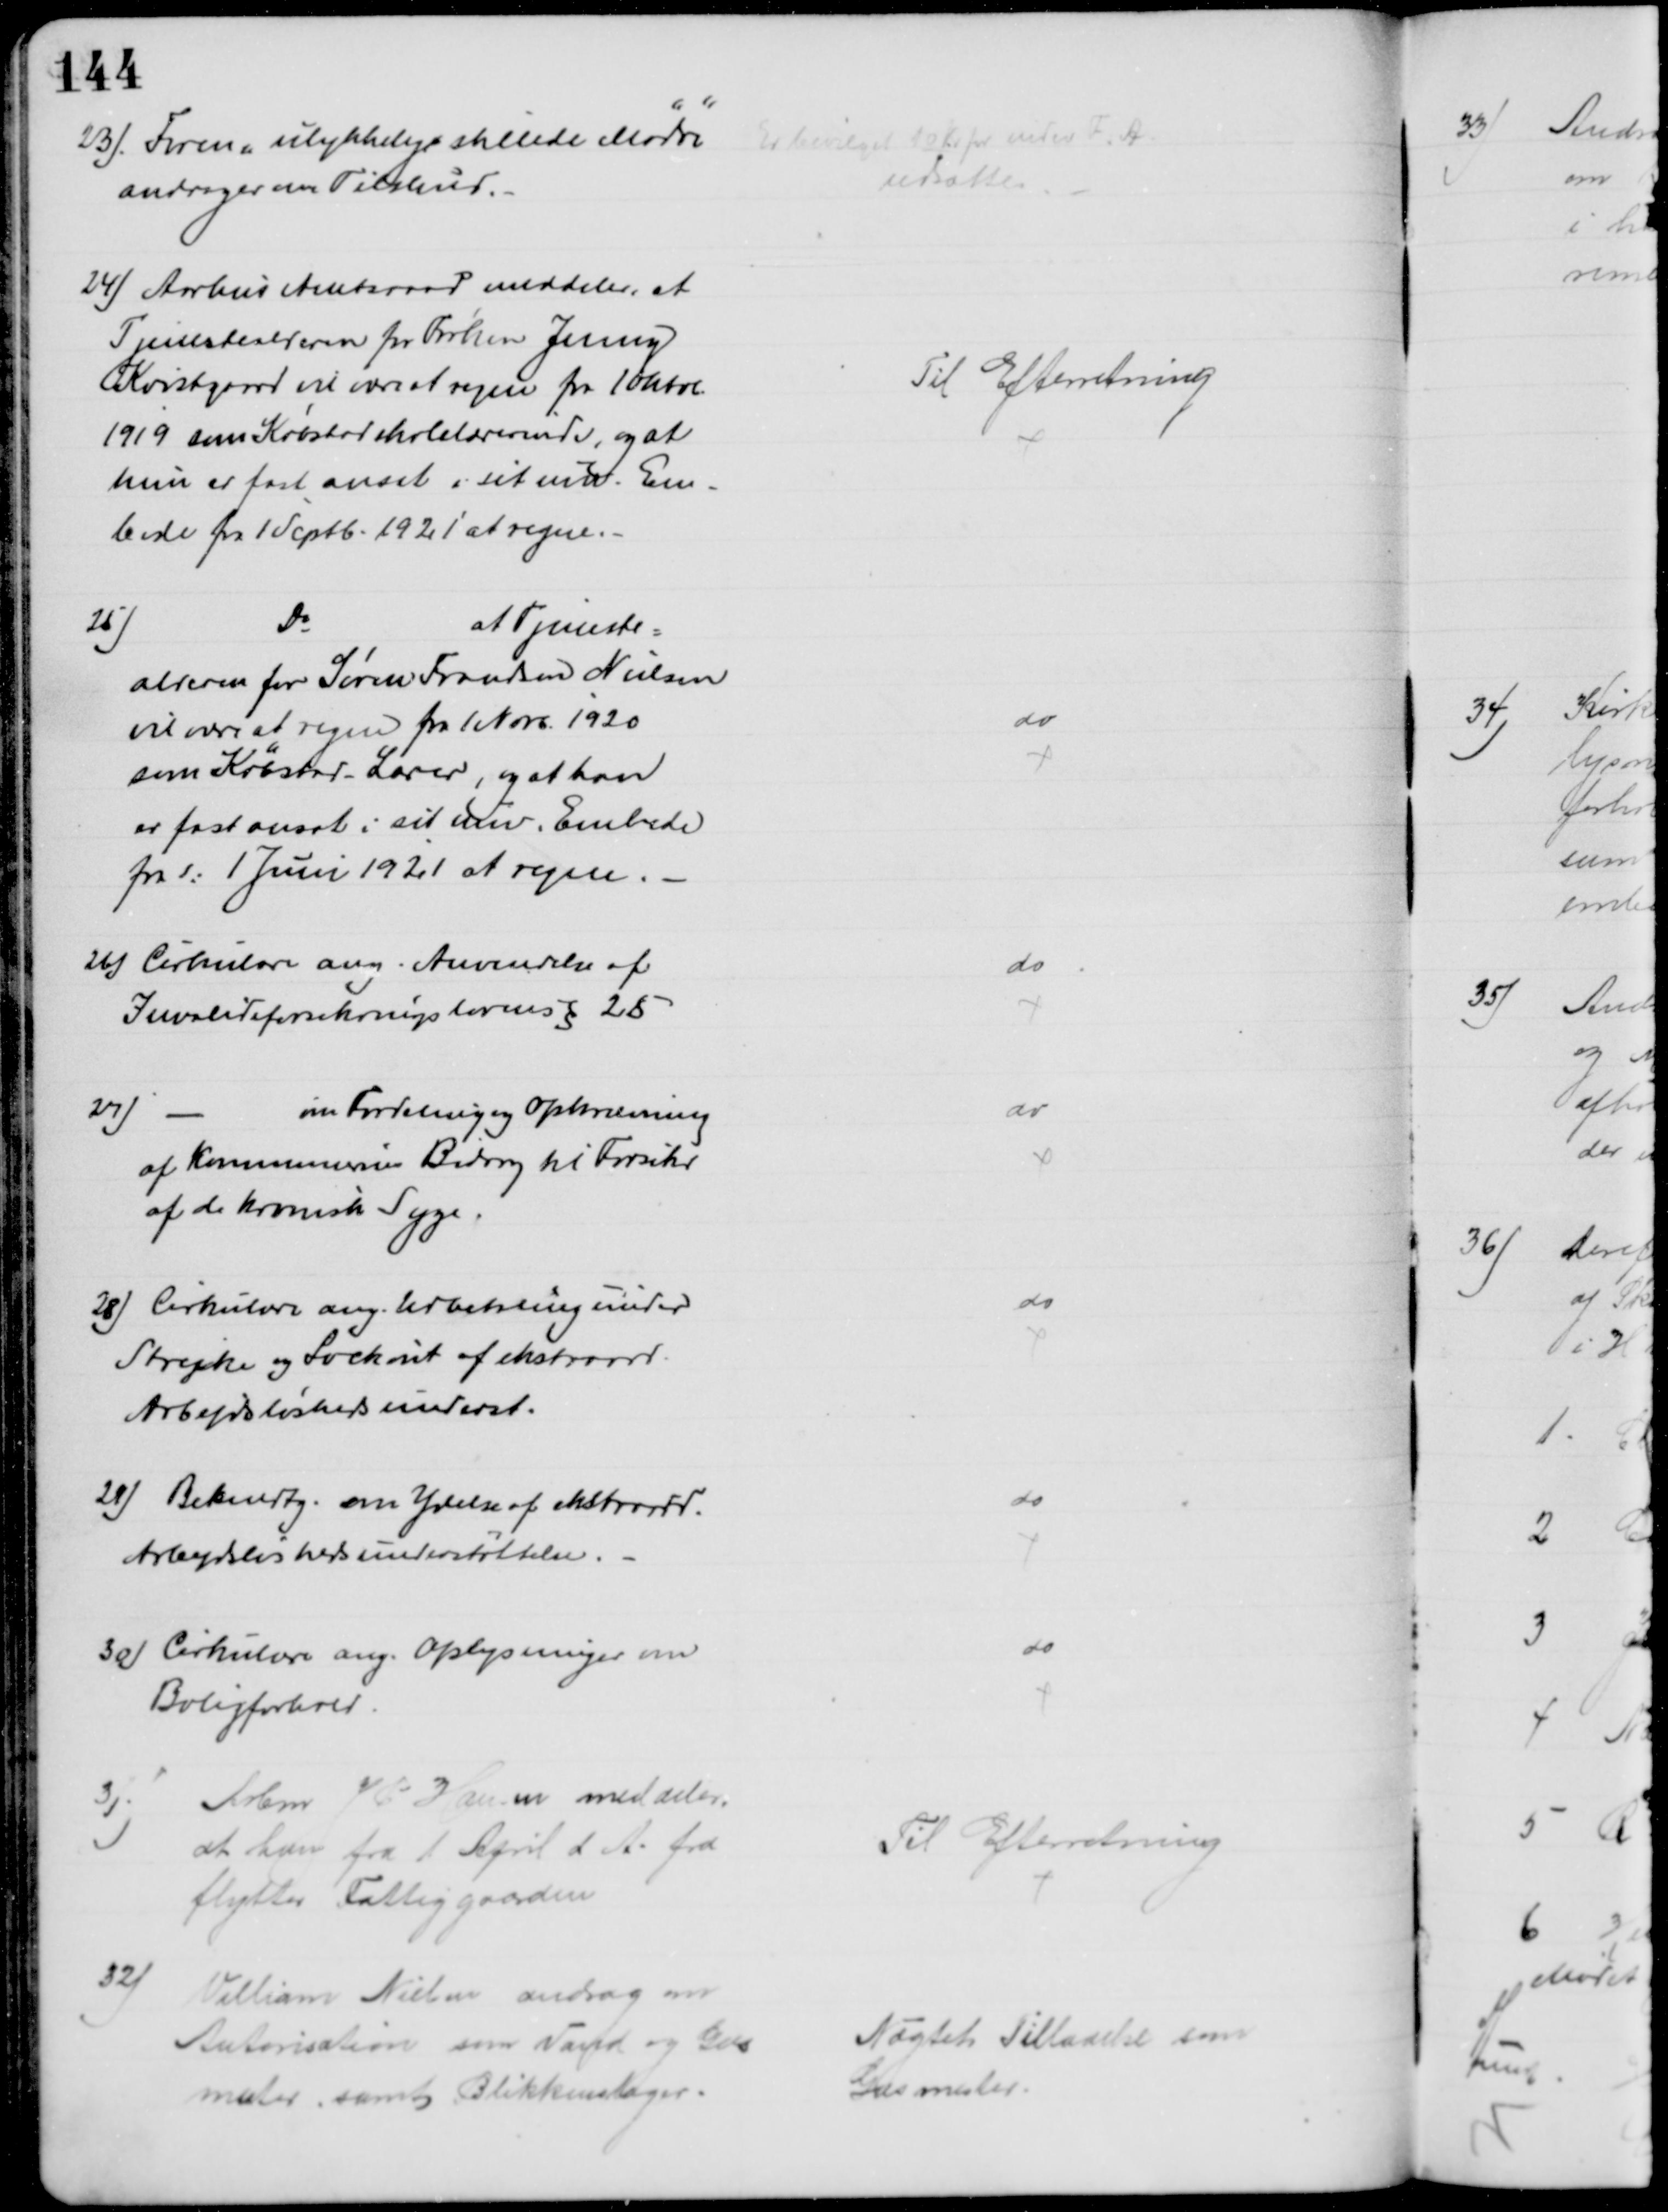
Transskription:
23). Foren "ulykkelig stillede Mødre"
andrager om Tilskud.
Er bevilget 10 Kr for indev F. A.
udsættes
24) Aarhus Amtsraad meddeler, at
Tjenestealderen for Frøken Jenny
Kvistgaard vil være at regne fra 1 Oktob
1919 som Købstadskolelærerinde, og at
hun er fast ansat i det nuv. Em-
bede fra 1 Septb. 1921 at regne.
Til Efterretning
25)
Do
at Tjeneste-
alderen for Søren Frandsen Nielsen
vil være at regne fra 1 Novb. 1920
som Købstad-Lærer, og at han
er fast ansat i sit nuv. Embede
fra d: 1 Juni 1921 at regne.
do
26) Cirkulære ang. Anvendelse af 
Invalideforsikringslovens § 25
do
27)
om Fordeling og Opkrævning
af Kommunernes Bidrag til Forsikr
af de kronisk Syge.
do
28) Cirkulære ang. Udbetaling under
Strejke og Lockout af ekstraord.
Arbejdsløshedsunderst.
do
29) Bekendtg. om Ydelse af ekstraord.
Arbejdsløshedsunderstøttelse.
do
30) Cirkulære ang. Oplysninger om
Boligforhold.
do
31)
Arbm J P Hansen meddeler.
at han fra 1 April d. A. fra
flytter Fattiggaarden
Til Efterretning
32)
Villiam Nielsen androg om
Autorisation som Vand og Gas
mester samt Blikkenslager.
Nægtet Tilladelse som
Gasmester.